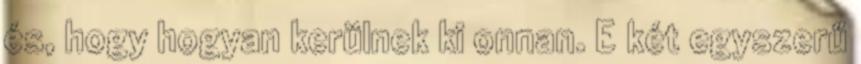
és, hogy hogyan kerülnek ki onnan. E két egyszerű